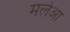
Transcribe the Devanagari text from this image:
मलेआ